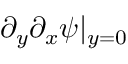
\partial _ { y } \partial _ { x } \psi | _ { y = 0 }